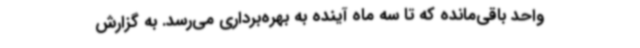
واحد باقی‌مانده که تا سه ماه آینده به بهره‌برداری می‌رسد. به گزارش